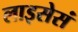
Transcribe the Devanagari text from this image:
लाइसेसं